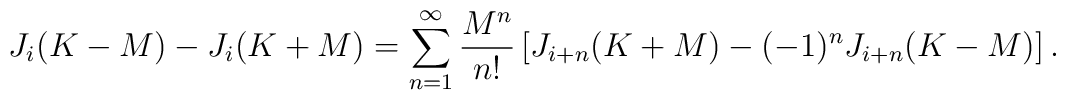
J_i(K-M)-J_i(K+M)=\sum^\infty_{n=1}\frac{M^n}{n!}\left[                     J_{i+n}(K+M)-(-1)^nJ_{i+n}(K-M)\right].